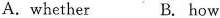
A.whether B. how